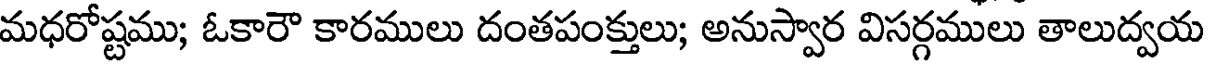
మధరోష్టము; ఓకారౌ కారములు దంతపంక్తులు; అనుస్వార విసర్గములు తాలుద్వయ